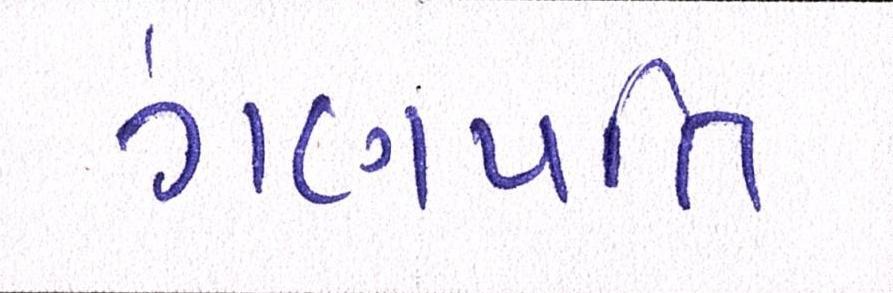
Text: ગણપતિ